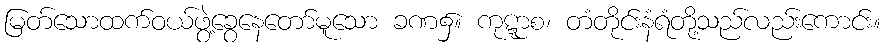
မြတ်သောထက်ဝယ်ဖွဲ့ခွေနေတော်မူသော ခဏ၌။ ကုဋ္ဋာစ၊ တံတိုင်းနံရံတို့သည်လည်းကောင်း။